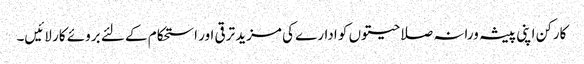
کارکن اپنی پیشہ ورانہ صلاحیتوں کو ادارے کی مزید ترقی اور استحکام کے لئے بروئے کار لائیں۔